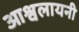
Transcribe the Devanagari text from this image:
आश्वलायनी